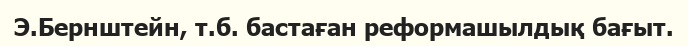
Э.Бернштейн, т.б. бастаған реформашылдық бағыт.